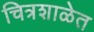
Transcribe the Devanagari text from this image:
चित्रशाळेत